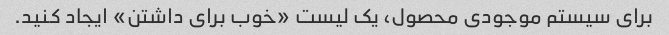
برای سیستم موجودی محصول، یک لیست «خوب برای داشتن» ایجاد کنید.